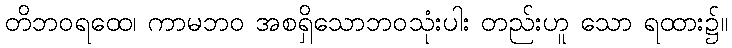
တိဘဝရထေ၊ ကာမဘဝ အစရှိသောဘဝသုံးပါး တည်းဟူ သော ရထား၌။